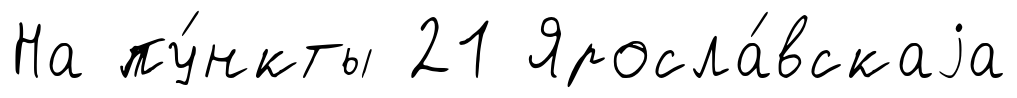
На пу́нкты 21 Яросла́вскаjа